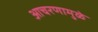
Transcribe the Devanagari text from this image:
आचरणामुळे